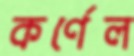
কর্ণেল